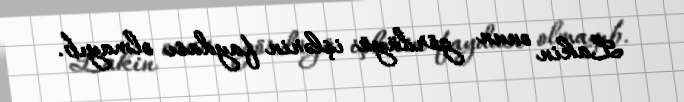
Lakin onun gördüyü işlərin faydası olmayıb.